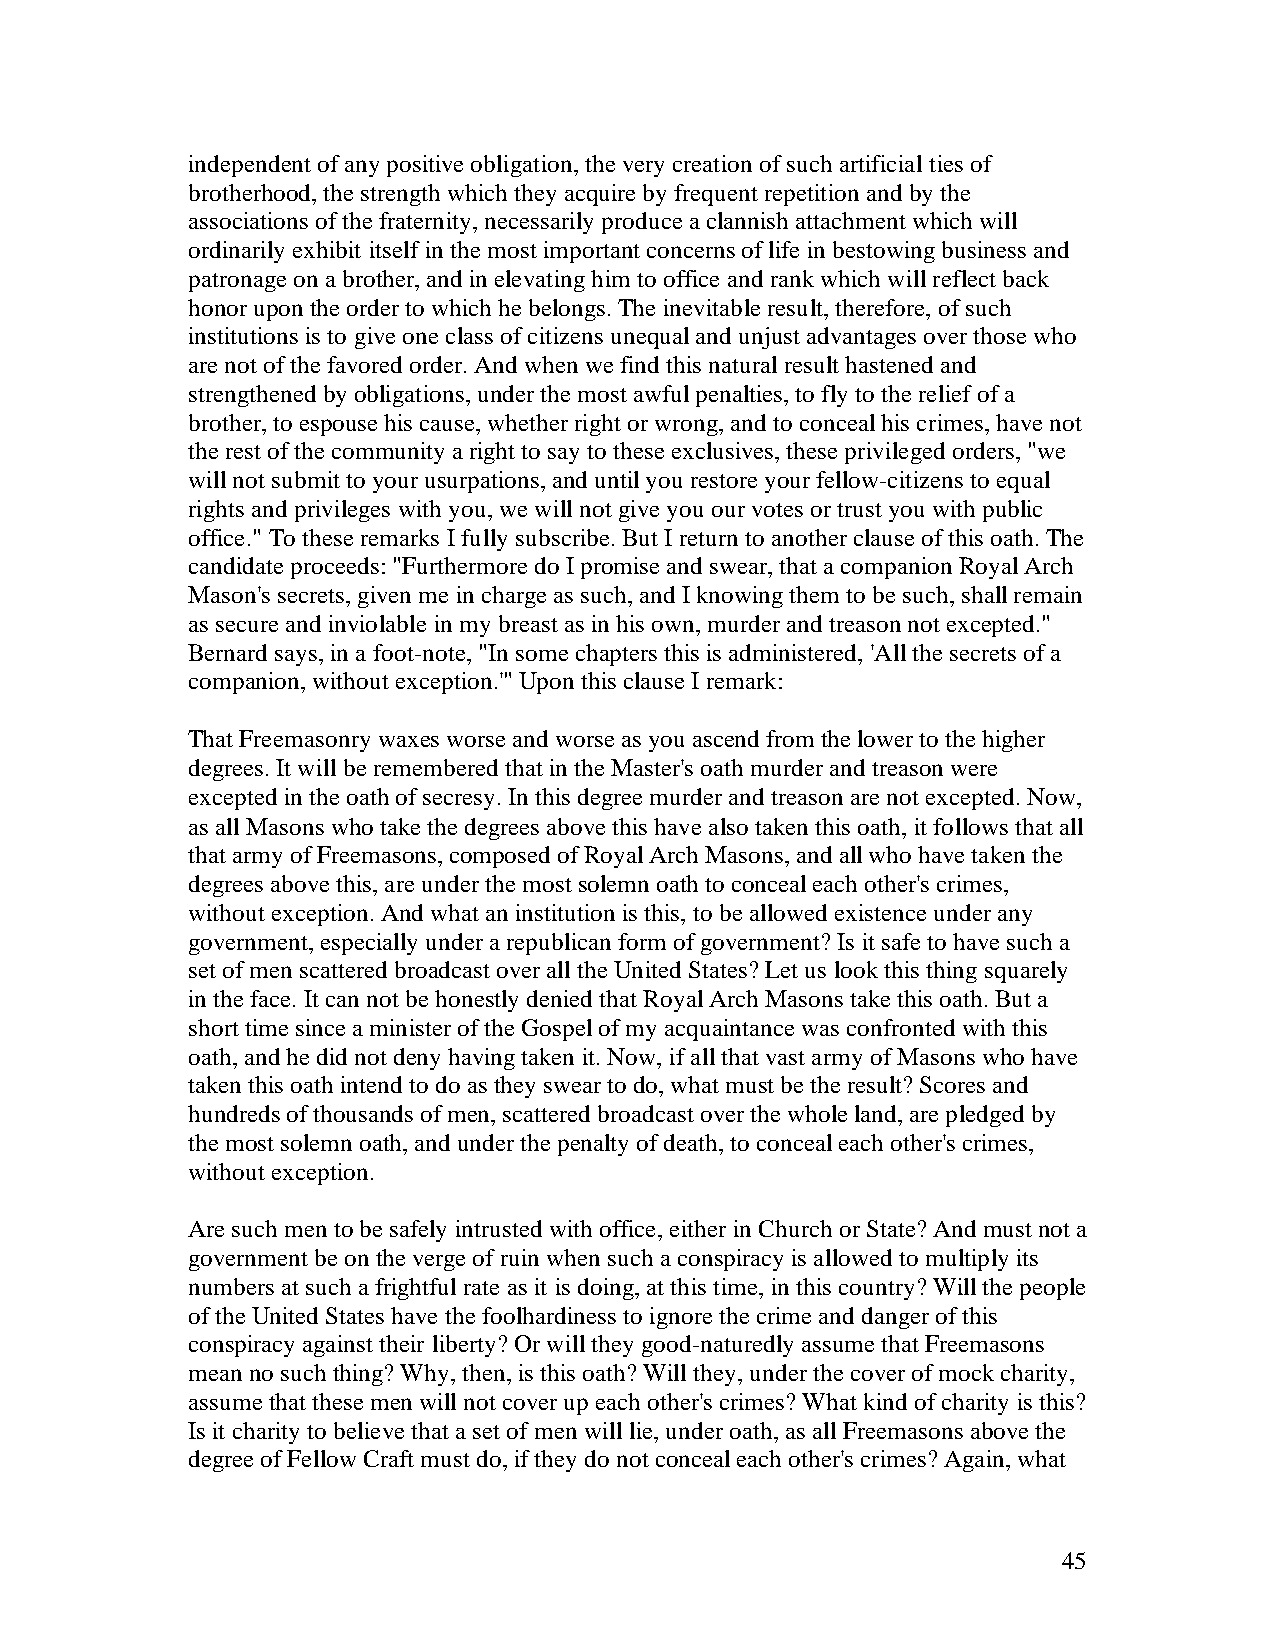
independent of any positive obligation, the very creation of such artificial ties of
 brotherhood, the strength which they acquire by frequent repetition and by the
 associations of the fraternity, necessarily produce a clannish attachment which will
 ordinarily exhibit itself in the most important concerns of life in bestowing business and
 patronage on a brother, and in elevating him to office and rank which will reflect back
 honor upon the order to which he belongs. The inevitable result, therefore, of such
 institutions is to give one class of citizens unequal and unjust advantages over those who
 are not of the favored order. And when we find this natural result hastened and
 strengthened by obligations, under the most awful penalties, to fly to the relief of a
 brother, to espouse his cause, whether right or wrong, and to conceal his crimes, have not
 the rest of the community a right to say to these exclusives, these privileged orders, "we
 will not submit to your usurpations, and until you restore your fellow-citizens to equal
 rights and privileges with you, we will not give you our votes or trust you with public
 office." To these remarks I fully subscribe. But I return to another clause of this oath. The
 candidate proceeds: "Furthermore do I promise and swear, that a companion Royal Arch
 Mason's secrets, given me in charge as such, and I knowing them to be such, shall remain
 as secure and inviolable in my breast as in his own, murder and treason not excepted."
 Bernard says, in a foot-note, "In some chapters this is administered, 'All the secrets of a
 companion, without exception.'" Upon this clause I remark:
 That Freemasonry waxes worse and worse as you ascend from the lower to the higher
 degrees. It will be remembered that in the Master's oath murder and treason were
 excepted in the oath of secresy. In this degree murder and treason are not excepted. Now,
 as all Masons who take the degrees above this have also taken this oath, it follows that all
 that army of Freemasons, composed of Royal Arch Masons, and all who have taken the
 degrees above this, are under the most solemn oath to conceal each other's crimes,
 without exception. And what an institution is this, to be allowed existence under any
 government, especially under a republican form of government? Is it safe to have such a
 set of men scattered broadcast over all the United States? Let us look this thing squarely
 in the face. It can not be honestly denied that Royal Arch Masons take this oath. But a
 short time since a minister of the Gospel of my acquaintance was confronted with this
 oath, and he did not deny having taken it. Now, if all that vast army of Masons who have
 taken this oath intend to do as they swear to do, what must be the result? Scores and
 hundreds of thousands of men, scattered broadcast over the whole land, are pledged by
 the most solemn oath, and under the penalty of death, to conceal each other's crimes,
 without exception.
 Are such men to be safely intrusted with office, either in Church or State? And must not a
 government be on the verge of ruin when such a conspiracy is allowed to multiply its
 numbers at such a frightful rate as it is doing, at this time, in this country? Will the people
 of the United States have the foolhardiness to ignore the crime and danger of this
 conspiracy against their liberty? Or will they good-naturedly assume that Freemasons
 mean no such thing? Why, then, is this oath? Will they, under the cover of mock charity,
 assume that these men will not cover up each other's crimes? What kind of charity is this?
 Is it charity to believe that a set of men will lie, under oath, as all Freemasons above the
 degree of Fellow Craft must do, if they do not conceal each other's crimes? Again, what
 45